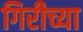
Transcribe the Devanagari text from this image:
गिरीच्या